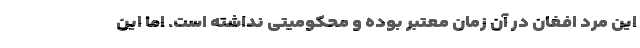
این مرد افغان‌ در آن زمان معتبر بوده و محکومیتی نداشته است. اما این